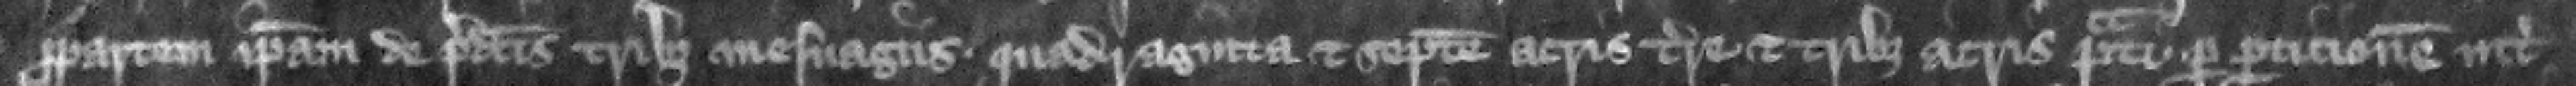
propartem ipsam de predictis tribus mesuagis quadraginta et septem acris terre et tribus acris pratiper particionem inter